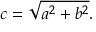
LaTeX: c = { \sqrt { a ^ { 2 } + b ^ { 2 } } } .